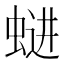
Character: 𱿩